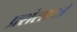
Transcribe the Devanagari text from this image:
प्रशंसापत्रे